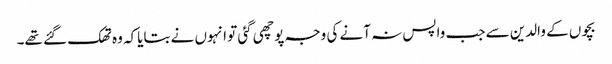
بچوں کے والدین سے جب واپس نہ آنے کی وجہ پوچھی گئی تو انہوں نے بتایاکہ وہ تھک گئے تھے۔